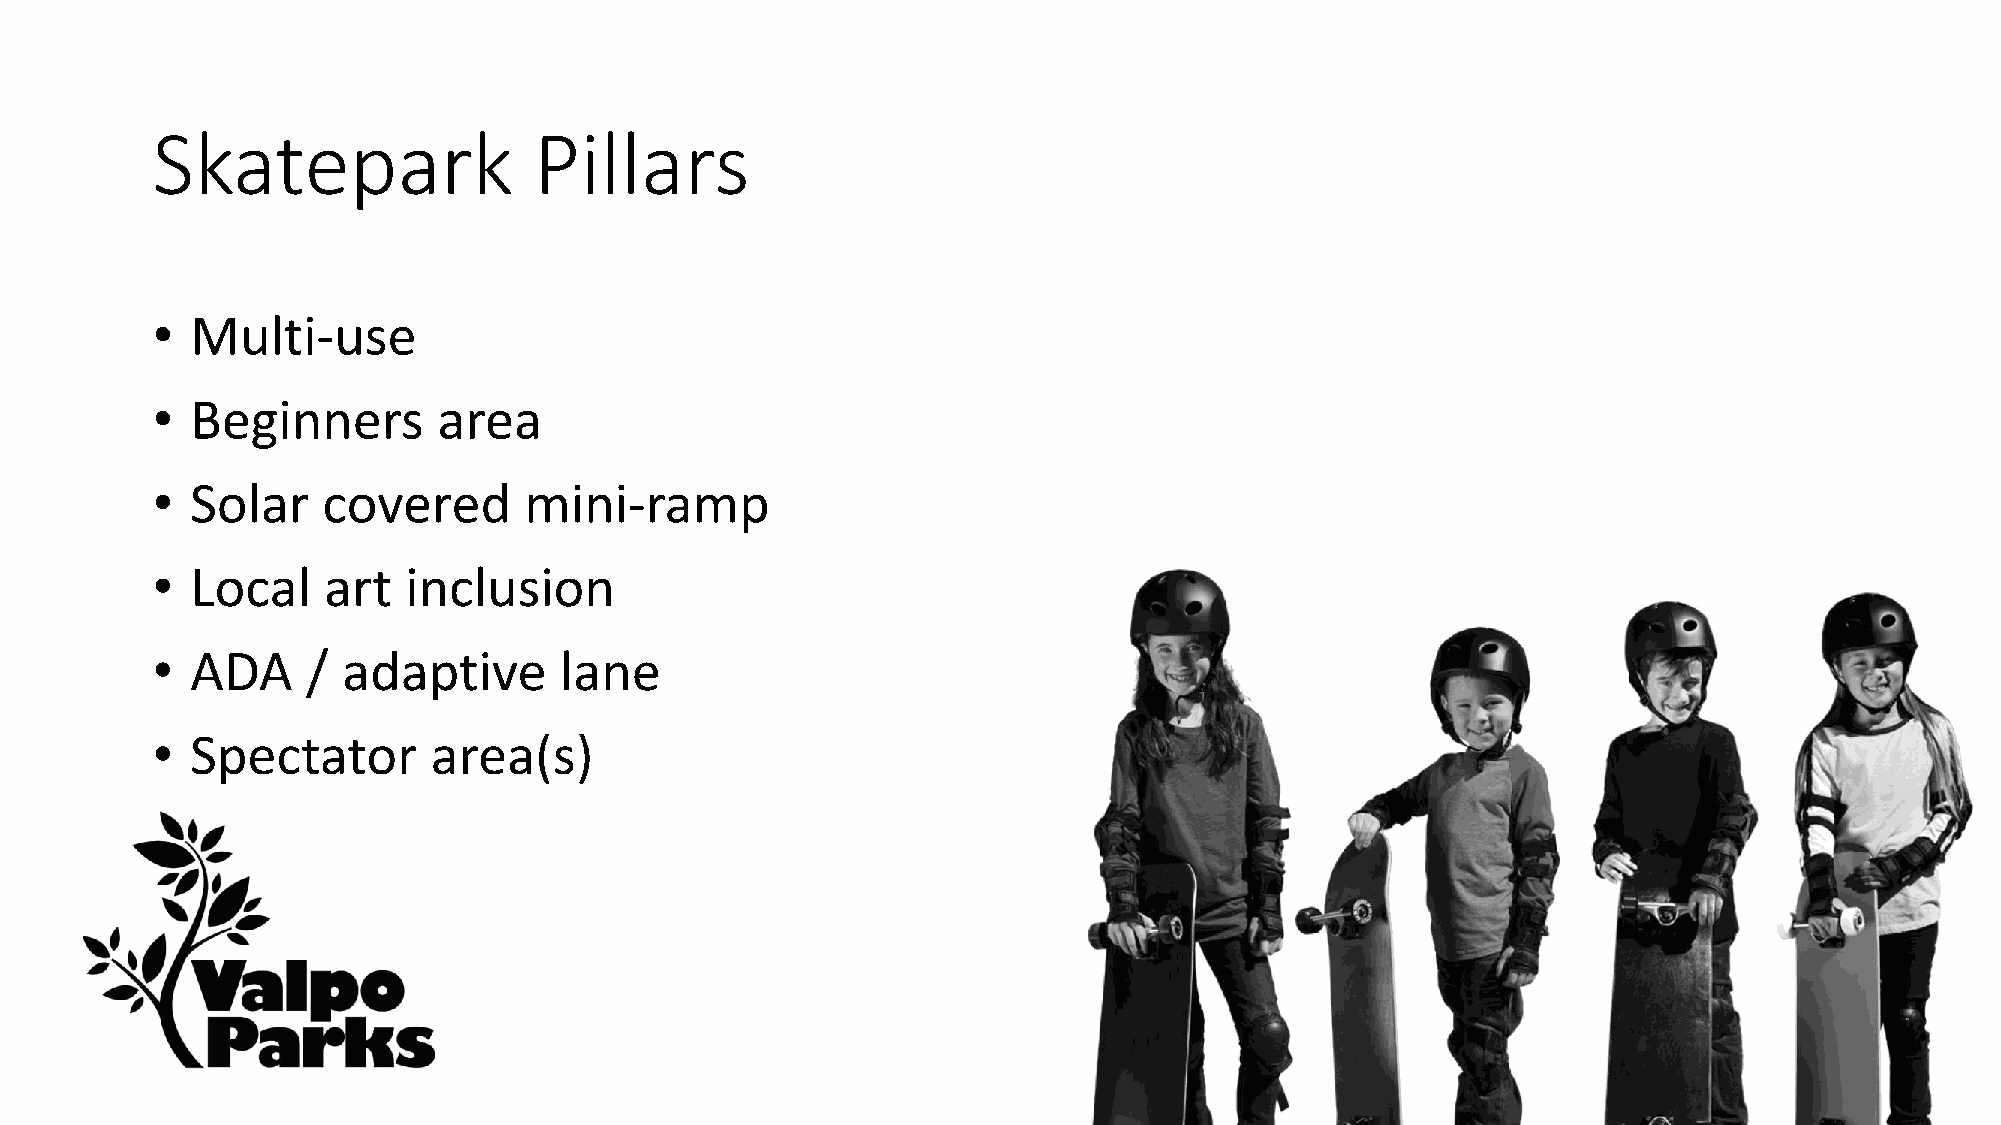
Skatepark                Pillars
 •  Multi-use
 •  Beginners       area
 •  Solar   covered       mini-ramp
 •  Local   art   inclusion
 •  ADA    /  adaptive      lane
 •  Spectator       area(s)